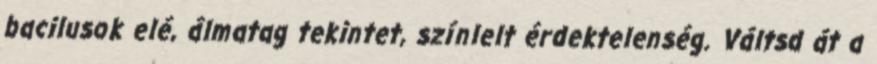
bacilusok elé, álmatag tekintet, színlelt érdektelenség. Váltsd át a